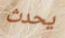
يحدث